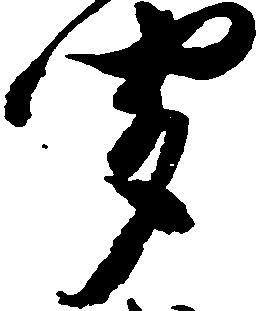
聞